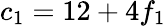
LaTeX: c_{1}=12+4f_{1}